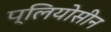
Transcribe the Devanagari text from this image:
प्लियोसीन